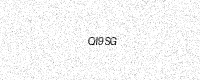
Text: QI9SG